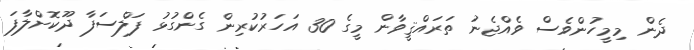
ދެން މިމީހުންވެސް ވެއްޖެނު ތަރައްޤީވާން މީގެ 30 އަހަރުކުރިން ގެންގުޅު ފަލްސަފާ ދޫކޮށްލާފަ